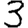
Digit: 3